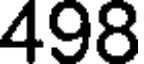
498